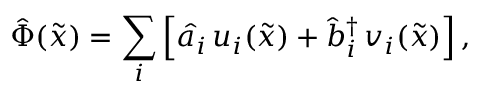
{ \hat { \Phi } } ( { \tilde { x } } ) = \sum _ { i } \left[ { \hat { a } } _ { i } \, u _ { i } ( { \tilde { x } } ) + { \hat { b } } _ { i } ^ { \dag } \, v _ { i } ( { \tilde { x } } ) \right] ,